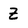
Character: Z